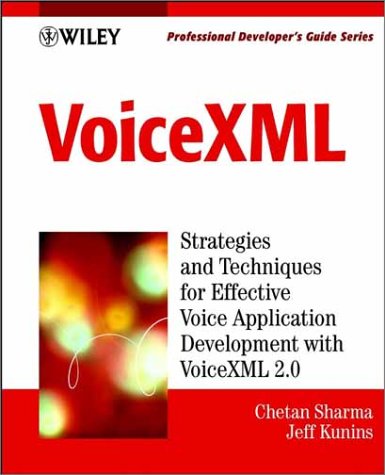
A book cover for VoiceXML: Professional Developer's Guide with CDROM; Chetan Sharma; Computers & Technology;